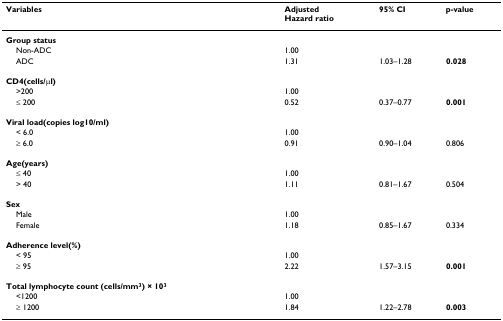
| Variables | AdjustedHazard ratio | 95% CI | p-value |
 | --- | --- | --- | --- |
 | Group status |  |  |  |
 | Non-ADC | 1.00 |  |  |
 | ADC | 1.31 | 1.03–1.28 | 0.028 |
 | CD4(cells/μl) |  |  |  |
 | >200 | 1.00 |  |  |
 | ≤ 200 | 0.52 | 0.37–0.77 | 0.001 |
 | Viral load(copies log10/ml) |  |  |  |
 | < 6.0 | 1.00 |  |  |
 | ≥ 6.0 | 0.91 | 0.90–1.04 | 0.806 |
 | Age(years) |  |  |  |
 | ≤ 40 | 1.00 |  |  |
 | > 40 | 1.11 | 0.81–1.67 | 0.504 |
 | Sex |  |  |  |
 | Male | 1.00 |  |  |
 | Female | 1.18 | 0.85–1.67 | 0.334 |
 | Adherence level(%) |  |  |  |
 | < 95 | 1.00 |  |  |
 | ≥ 95 | 2.22 | 1.57–3.15 | 0.001 |
 | Total lymphocyte count (cells/mm3) × 103 |  |  |  |
 | <1200 | 1.00 |  |  |
 | ≥ 1200 | 1.84 | 1.22–2.78 | 0.003 |